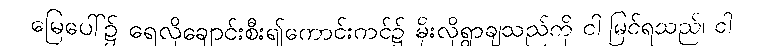
မြေပေါ်၌ ရေလိုချောင်းစီး၍ကောင်းကင်၌ မိုးလိုရွာချသည်ကို ငါ မြင်ရသည်၊ ငါ